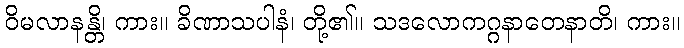
ဝိမလာနန္တိ၊ ကား။ ခိဏာသပါနံ၊ တို့၏။ သဒလောကဂ္ဂနာတေနာတိ၊ ကား။